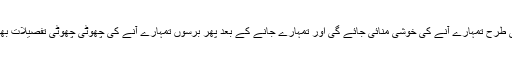
ایک جشن ایک تقریب کی طرح تمہارے آنے کی خوشی منائی جائے گی اور تمہارے جانے کے بعد پھر برسوں تمہارے آنے کی چھوٹی چھوٹی تفصیلات بھی دہرائی جاتی رہیں گی۔